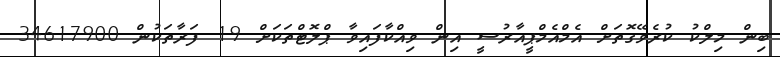
ބިން މިލްކު ކުރެވޭގޮތަށް އެމްއެމްޕީއާރުސީ އިން ވިއްކާފައިވާ ޕްލޮޓްތަކަށް 19 ފަރާތަކުން 34617900